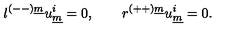
l ^ { ( -- ) \underline { { m } } } u _ { \underline { { m } } } ^ { i } = 0 , \qquad r ^ { ( + + ) \underline { { m } } } u _ { \underline { { m } } } ^ { i } = 0 . \qquad